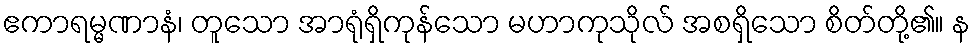
ဧကာရမ္မဏာနံ၊ တူသော အာရုံရှိကုန်သော မဟာကုသိုလ် အစရှိသော စိတ်တို့၏။ န